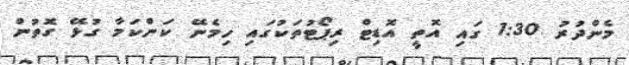
މެންދުރު 1:30 ގައި އޮތީ އޮޑިޓް ރިޕޯޓުތަކުގައި ހިމެނޭ ކަންކަމާ ގުޅޭ ގޮތުން